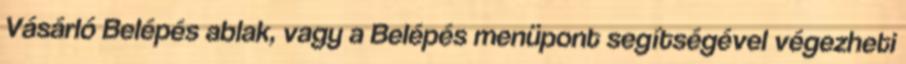
Vásárló Belépés ablak, vagy a Belépés menüpont segítségével végezheti